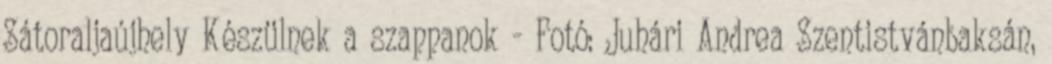
Sátoraljaújhely Készülnek a szappanok - Fotó: Juhári Andrea Szentistvánbaksán,